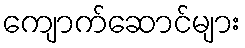
ကျောက်ဆောင်များ